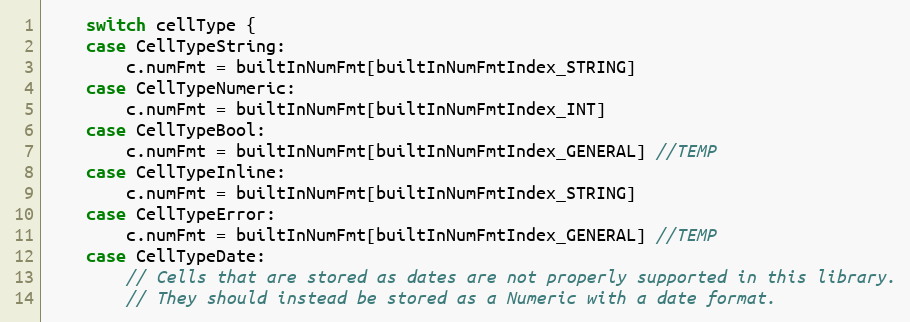
Language: Go
	switch cellType {
	case CellTypeString:
		c.numFmt = builtInNumFmt[builtInNumFmtIndex_STRING]
	case CellTypeNumeric:
		c.numFmt = builtInNumFmt[builtInNumFmtIndex_INT]
	case CellTypeBool:
		c.numFmt = builtInNumFmt[builtInNumFmtIndex_GENERAL] //TEMP
	case CellTypeInline:
		c.numFmt = builtInNumFmt[builtInNumFmtIndex_STRING]
	case CellTypeError:
		c.numFmt = builtInNumFmt[builtInNumFmtIndex_GENERAL] //TEMP
	case CellTypeDate:
		// Cells that are stored as dates are not properly supported in this library.
		// They should instead be stored as a Numeric with a date format.